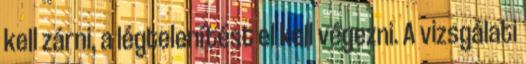
kell zárni, a légtelenítést el kell végezni. A vizsgálati